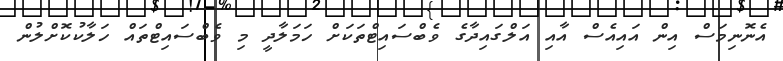
އެނޮނިމަސް އިން އައިއެސް އާއި އަލްގައިދާގެ ވެބްސައިޓްތަކަށް ހަމަލާދީ މި ވެބްސައިޓްތައް ހަލާކުކޮށްލުން